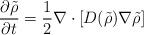
LaTeX: \begin{align*}\frac{\partial\tilde{\rho}}{\partial t}=\frac{1}{2}\nabla\cdot\left[D(\tilde{\rho})\nabla\tilde{\rho}\right]\end{align*}